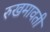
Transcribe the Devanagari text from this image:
रुखमावती